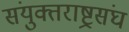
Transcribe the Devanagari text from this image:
संयुक्तराष्ट्रसंघ